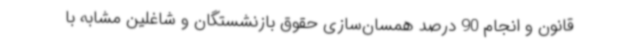
قانون و انجام 90 درصد همسان‌سازی حقوق بازنشستگان و شاغلین مشابه با